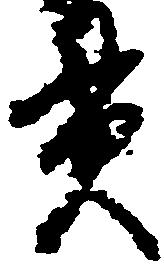
貫